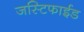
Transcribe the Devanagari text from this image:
जस्टिफाईड